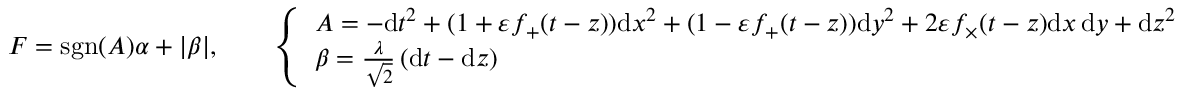
\begin{array} { r } { F = \mathrm { s g n } ( A ) \alpha + | \beta | , \qquad \left\{ \begin{array} { l l } { A = - \mathrm { d } t ^ { 2 } + ( 1 + \varepsilon f _ { + } ( t - z ) ) \mathrm { d } x ^ { 2 } + ( 1 - \varepsilon f _ { + } ( t - z ) ) \mathrm { d } y ^ { 2 } + 2 \varepsilon f _ { \times } ( t - z ) \mathrm { d } x \, \mathrm { d } y + \mathrm { d } z ^ { 2 } } \\ { \beta = \frac { \lambda } { \sqrt { 2 } } \left( \mathrm { d } t - \mathrm { d } z \right) } \end{array} \right. } \end{array}